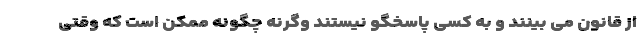
از قانون می بینند و به کسی پاسخگو نیستند وگرنه چگونه ممکن است که وقتی